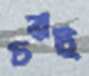
চরই